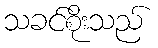
သခင်စိုးသည်